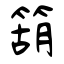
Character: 箶